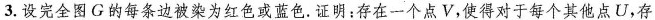
3.设完全图G的每条边被染为红色或蓝色。证明：存在一个点V，使得对于每个其他点U，存